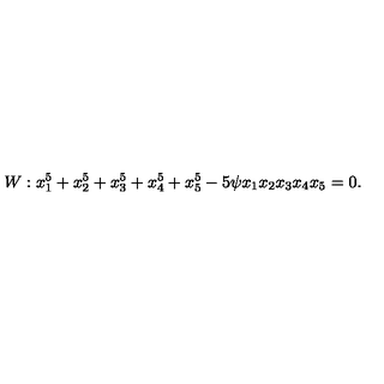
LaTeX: W : x _ { 1 } ^ { 5 } + x _ { 2 } ^ { 5 } + x _ { 3 } ^ { 5 } + x _ { 4 } ^ { 5 } + x _ { 5 } ^ { 5 } - 5 \psi x _ { 1 } x _ { 2 } x _ { 3 } x _ { 4 } x _ { 5 } = 0 .